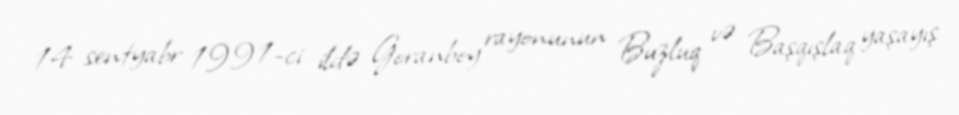
14 sentyabr 1991-ci ildə Goranboy rayonunun Buzluq və Başqışlaq yaşayış